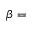
\beta =